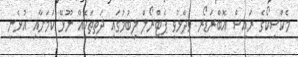
މެކްސިކޯގެ ރައީސް އޮބްރަޑޯރ ވިދާޅުވީ ޕެޓްރޯލް ލިބުމުގައި ދަތިތަކެއް ނޫޅޭ ކަމަށާއި އުޅެނީ